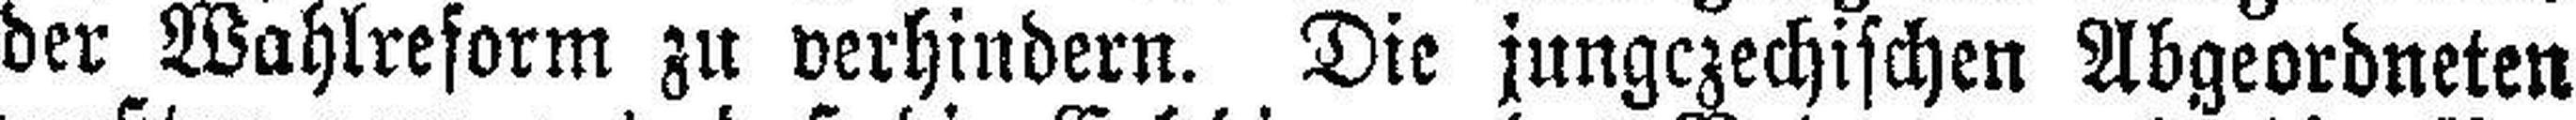
der Wahlreform zu verhindern. Die jungczechischen Abgeordneten